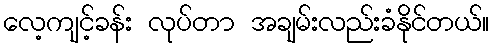
လေ့ကျင့်ခန်း လုပ်တာ အချမ်းလည်းခံနိုင်တယ်။